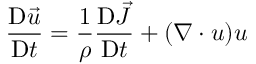
\frac { \mathrm { D } \vec { u } } { \mathrm { D } t } = \frac { 1 } { \rho } \frac { \mathrm { D } \vec { J } } { \mathrm { D } t } + ( \boldsymbol { \nabla } \cdot \boldsymbol { u } ) \boldsymbol { u }